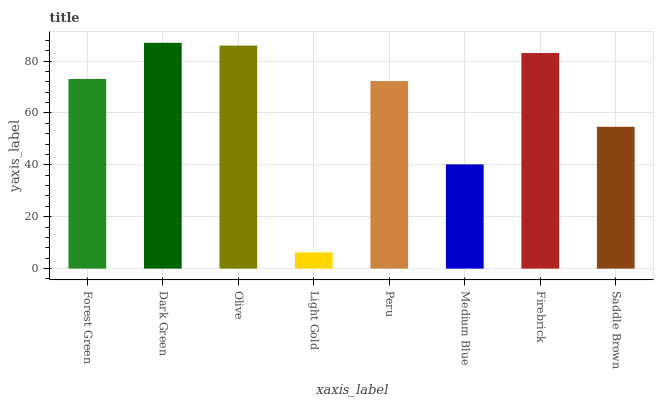
| xaxis_label | bars |
 | --- | --- |
 | Forest Green | 73.1 |
 | Dark Green | 87 |
 | Olive | 86 |
 | Light Gold | 6.26 |
 | Peru | 72.3 |
 | Medium Blue | 40.2 |
 | Firebrick | 83.1 |
 | Saddle Brown | 54.7 |